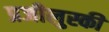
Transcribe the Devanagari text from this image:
प्रजीलुस्की